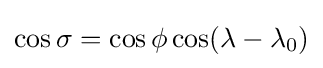
\cos \sigma =\cos \phi \cos(\lambda -\lambda _{0})